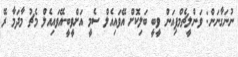
ނުނަގާނަން: ވަންލީޗެމްޕިއަން ވީބީ ބަލިކޮށް އޭވައިއެލް ސެމީ އަށްވީބީ-އޭވައިއެލް މެޗު މާދަމާ ރޭ